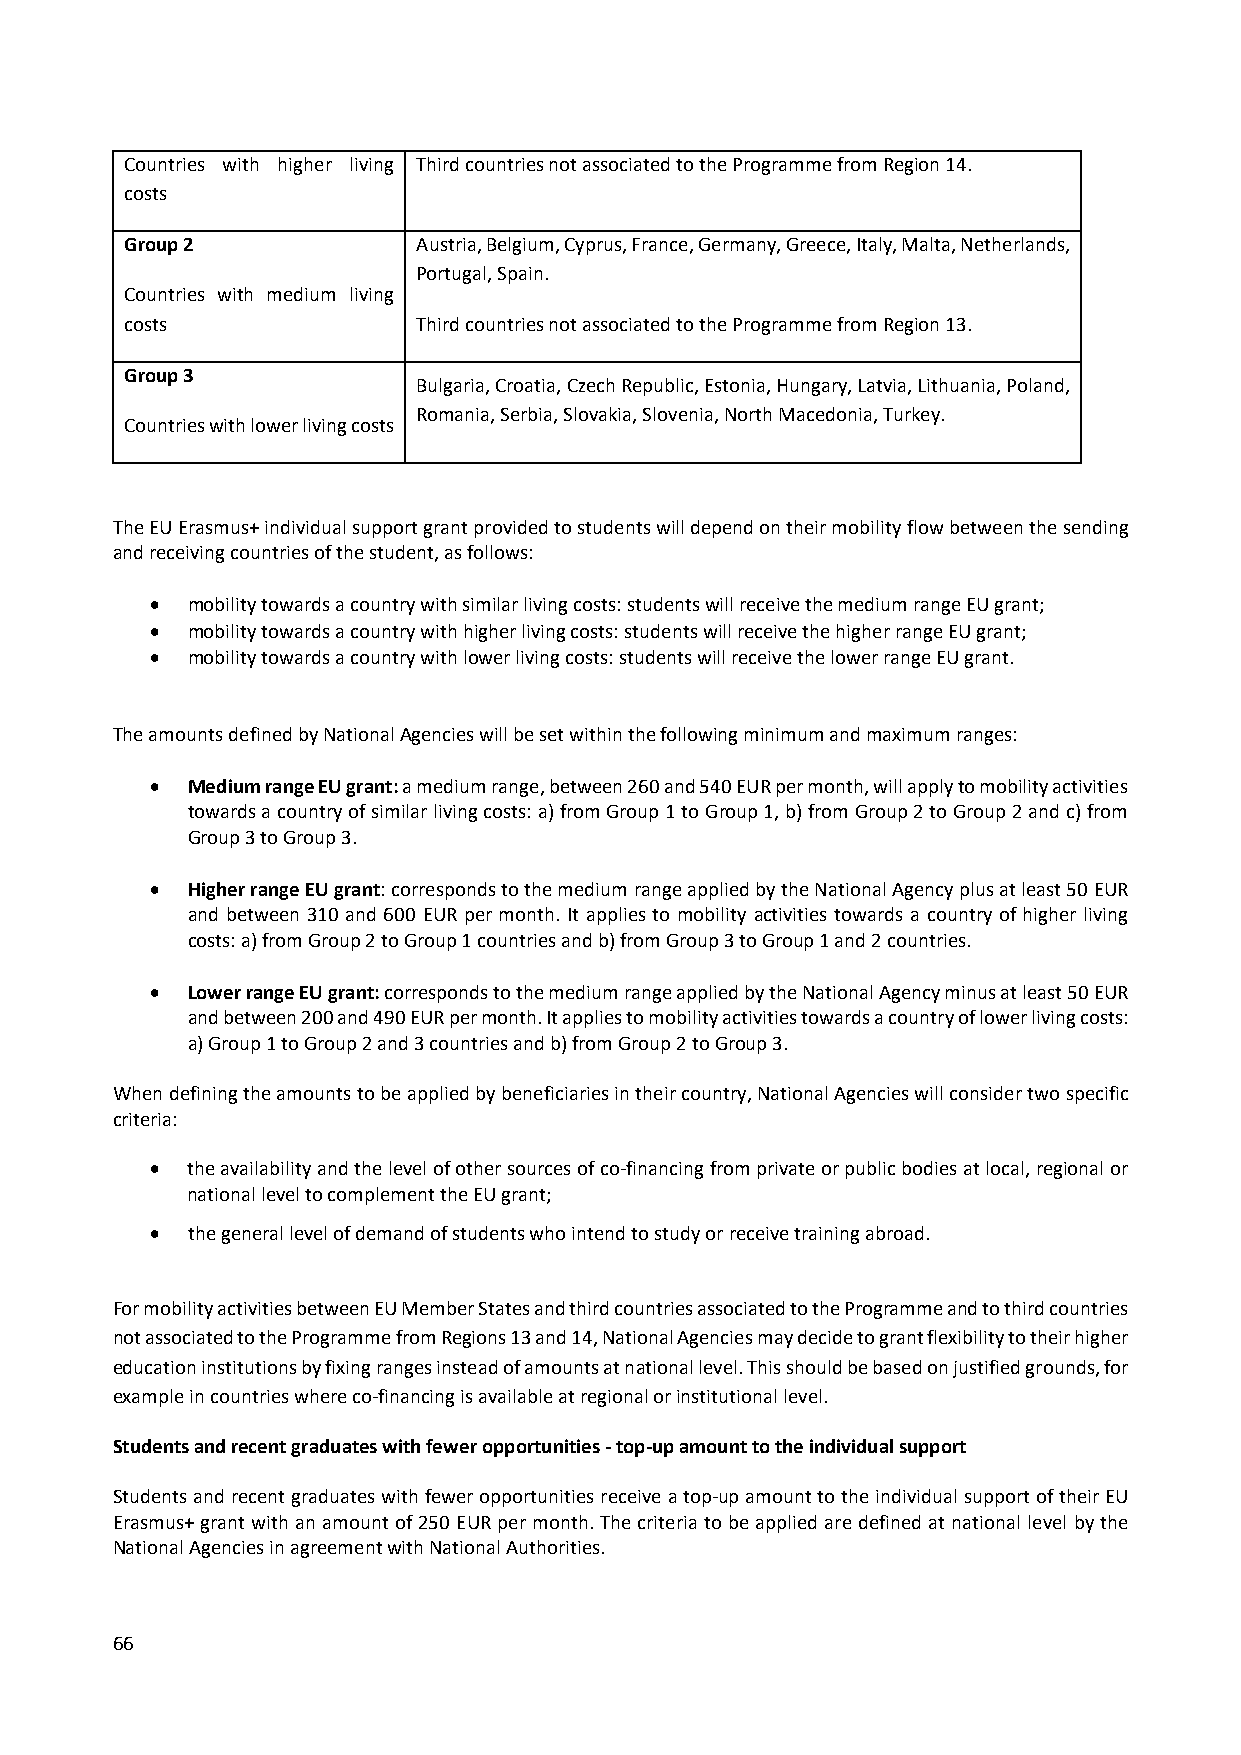
Countries with higher living Third countries not associated to the Programme from Region 14.
 costs
 Group 2             Austria, Belgium, Cyprus, France, Germany, Greece, Italy, Malta, Netherlands,
 Portugal, Spain.
 Countries with medium living
 costs               Third countries not associated to the Programme from Region 13.
 Group 3
 Bulgaria, Croatia, Czech Republic, Estonia, Hungary, Latvia, Lithuania, Poland,
 Romania, Serbia, Slovakia, Slovenia, North Macedonia, Turkey.
 Countries with lower living costs
 The EU Erasmus+ individual support grant provided to students will depend on their mobility flow between the sending
 and receiving countries of the student, as follows:
  mobility towards a country with similar living costs: students will receive the medium range EU grant;
  mobility towards a country with higher living costs: students will receive the higher range EU grant;
  mobility towards a country with lower living costs: students will receive the lower range EU grant.
 The amounts defined by National Agencies will be set within the following minimum and maximum ranges:
  Medium range EU grant: a medium range, between 260 and 540 EUR per month, will apply to mobility activities
 towards a country of similar living costs: a) from Group 1 to Group 1, b) from Group 2 to Group 2 and c) from
 Group 3 to Group 3.
  Higher range EU grant: corresponds to the medium range applied by the National Agency plus at least 50 EUR
 and between 310 and 600 EUR per month. It applies to mobility activities towards a country of higher living
 costs: a) from Group 2 to Group 1 countries and b) from Group 3 to Group 1 and 2 countries.
  Lower range EU grant: corresponds to the medium range applied by the National Agency minus at least 50 EUR
 and between 200 and 490 EUR per month. It applies to mobility activities towards a country of lower living costs:
 a) Group 1 to Group 2 and 3 countries and b) from Group 2 to Group 3.
 When defining the amounts to be applied by beneficiaries in their country, National Agencies will consider two specific
 criteria:
  the availability and the level of other sources of co‐financing from private or public bodies at local, regional or
 national level to complement the EU grant;
  the general level of demand of students who intend to study or receive training abroad.
 For mobility activities between EU Member States and third countries associated to the Programme and to third countries
 not associated to the Programme from Regions 13 and 14, National Agencies may decide to grant flexibility to their higher
 education institutions by fixing ranges instead of amounts at national level. This should be based on justified grounds, for
 example in countries where co‐financing is available at regional or institutional level.
 Students and recent graduates with fewer opportunities ‐ top‐up amount to the individual support
 Students and recent graduates with fewer opportunities receive a top‐up amount to the individual support of their EU
 Erasmus+ grant with an amount of 250 EUR per month. The criteria to be applied are defined at national level by the
 National Agencies in agreement with National Authorities.
 66